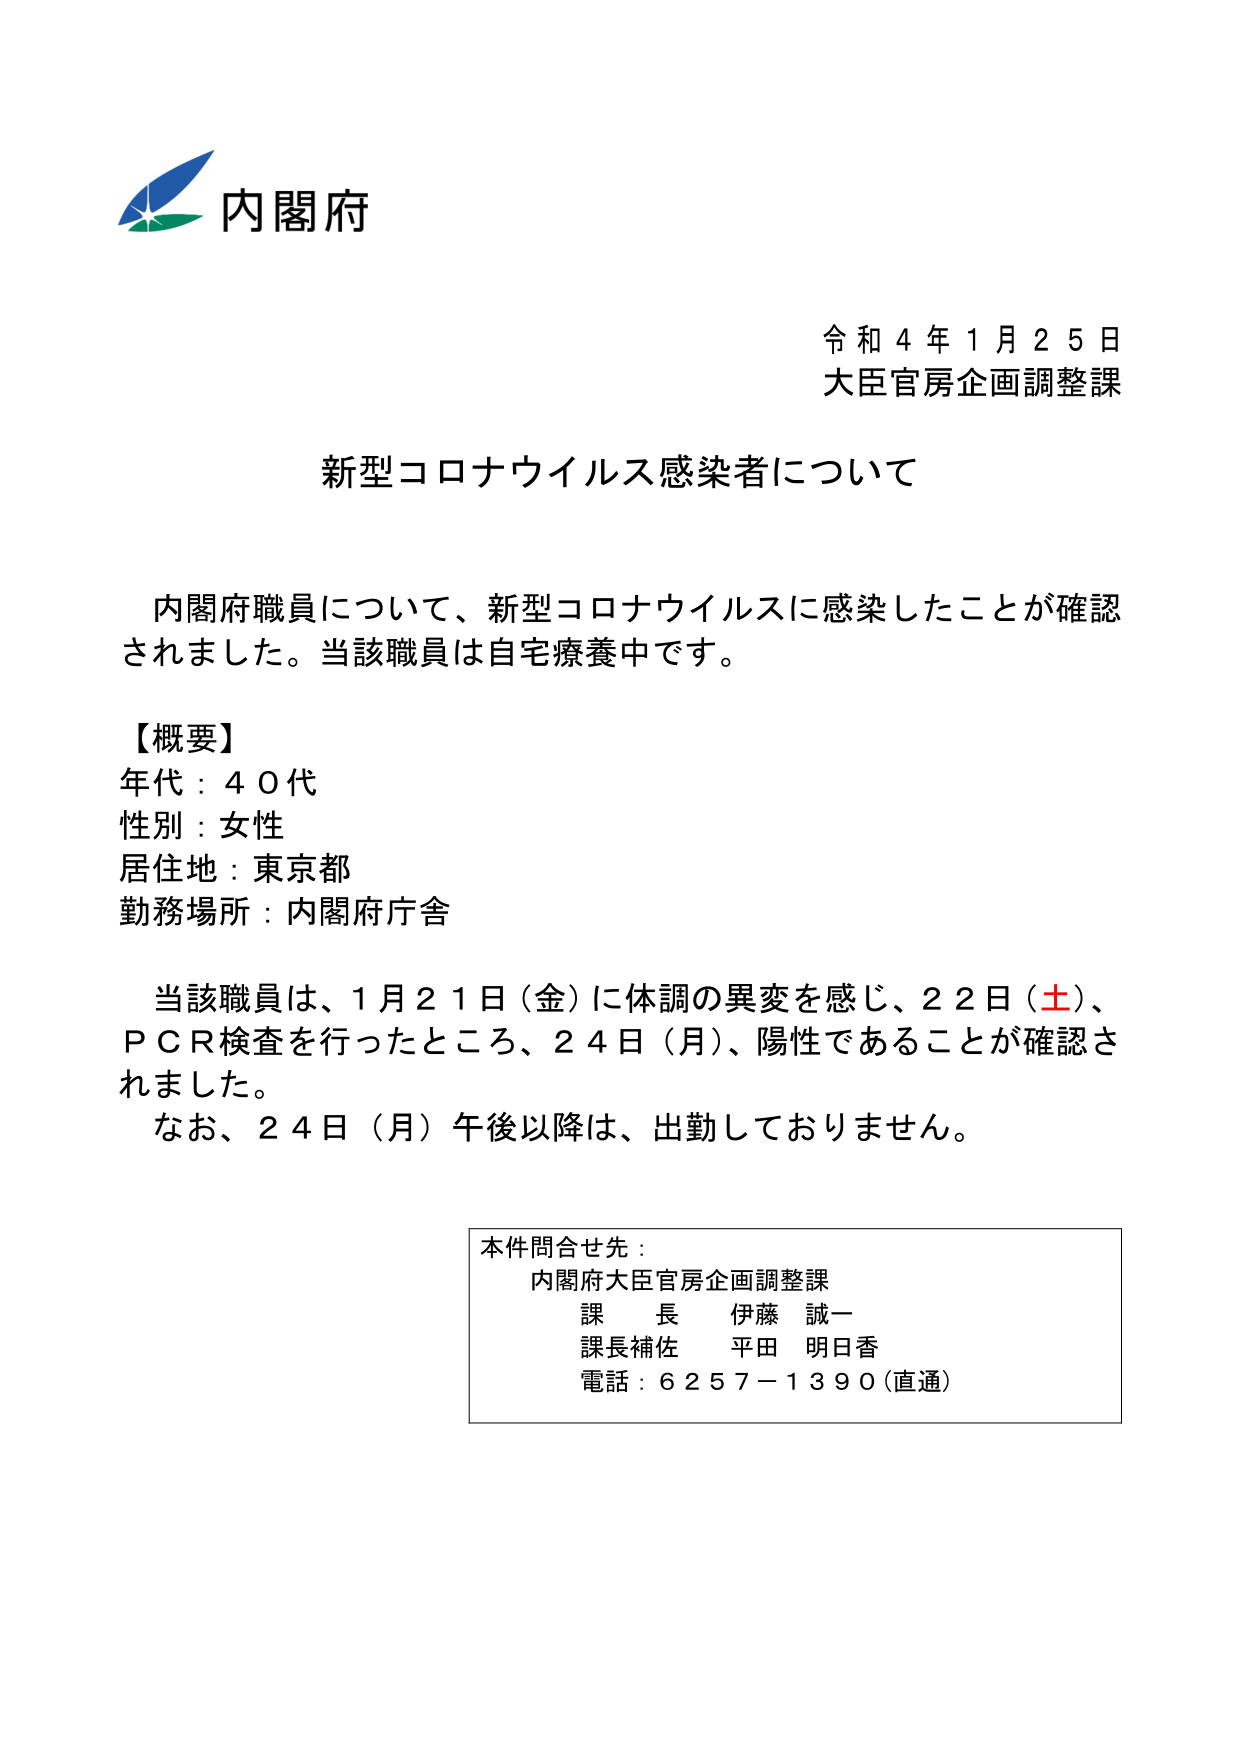
内閣府
令和４年１月２５日
大臣官房企画調整課

新型コロナウイルス感染者について

内閣府職員について、新型コロナウイルスに感染したことが確認されました。当該職員は自宅療養中です。

【概要】
年代：４０代
性別：女性
居住地：東京都
勤務場所：内閣府庁舎

当該職員は、１月２１日（金）に体調の異変を感じ、２２日（土）、ＰＣＲ検査を行ったところ、２４日（月）、陽性であることが確認されました。
なお、２４日（月）午後以降は、出勤しておりません。

本件問合せ先：
内閣府大臣官房企画調整課
課長 伊藤 誠一
課長補佐 平田 明日香
電話：６２５７－１３９０（直通）